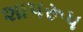
શાપરૂપ